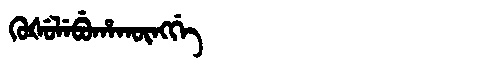
Manchu: ᡴᡠᡧᡠᠯᡝᠪᡠᡥᠠᡴᡡᠩᡤᡝ
Romanization: KUŠULEBUHAKŪNGGE